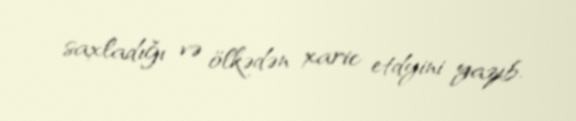
saxladığı və ölkədən xaric etdyini yazıb.